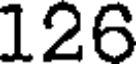
126